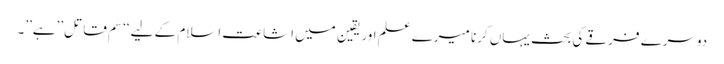
دوسرے فرقے کی بحث یہاں کرنا میرے علم اور یقین میں اشاعت اسلام کے لیے ‘‘سَم قاتل’’ہے’’۔